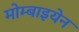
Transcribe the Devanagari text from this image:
मोम्बाइयेन